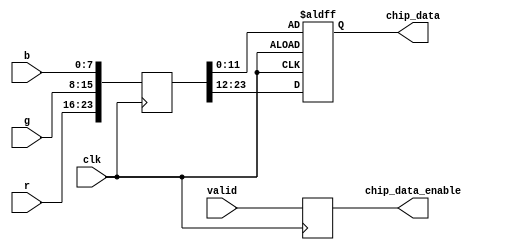
/*******************************************************************************
* Module: chip_data_parser.v
* Project: DVI
* Description: Module to drive the data output from RGB data.
*******************************************************************************/
/*******************************************************************************
Copyright (c) 2012, Stanford University
All rights reserved.

Redistribution and use in source and binary forms, with or without
modification, are permitted provided that the following conditions are met:
1. Redistributions of source code must retain the above copyright
   notice, this list of conditions and the following disclaimer.
2. Redistributions in binary form must reproduce the above copyright
   notice, this list of conditions and the following disclaimer in the
   documentation and/or other materials provided with the distribution.
3. All advertising materials mentioning features or use of this software
   must display the following acknowledgement:
   This product includes software developed at Stanford University.
4. Neither the name of Stanford Univerity nor the
   names of its contributors may be used to endorse or promote products
   derived from this software without specific prior written permission.

THIS SOFTWARE IS PROVIDED BY STANFORD UNIVERSITY ''AS IS'' AND ANY
EXPRESS OR IMPLIED WARRANTIES, INCLUDING, BUT NOT LIMITED TO, THE IMPLIED
WARRANTIES OF MERCHANTABILITY AND FITNESS FOR A PARTICULAR PURPOSE ARE
DISCLAIMED. IN NO EVENT SHALL STANFORD UNIVERSITY BE LIABLE FOR ANY
DIRECT, INDIRECT, INCIDENTAL, SPECIAL, EXEMPLARY, OR CONSEQUENTIAL DAMAGES
(INCLUDING, BUT NOT LIMITED TO, PROCUREMENT OF SUBSTITUTE GOODS OR SERVICES;
LOSS OF USE, DATA, OR PROFITS; OR BUSINESS INTERRUPTION) HOWEVER CAUSED AND
ON ANY THEORY OF LIABILITY, WHETHER IN CONTRACT, STRICT LIABILITY, OR TORT
(INCLUDING NEGLIGENCE OR OTHERWISE) ARISING IN ANY WAY OUT OF THE USE OF THIS
SOFTWARE, EVEN IF ADVISED OF THE POSSIBILITY OF SUCH DAMAGE.
*******************************************************************************/

module chip_data_parser(
    input clk,
    input [7:0] r,
    input [7:0] g,
    input [7:0] b,
    input valid,

    output reg [11:0] chip_data,
    output reg chip_data_enable
);

    reg [23:0] pixel;
    always @(posedge clk) begin
        pixel <= {r, g, b};
        chip_data_enable <= valid;
    end

    /* Double-pumped flip-flop */
    always @(posedge clk or negedge clk)
        if (clk)
            chip_data <= pixel[11:0];
        else
            chip_data <= pixel[23:12];

endmodule